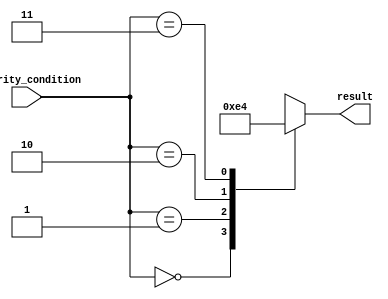
module priority_case_statement(
  input [1:0] priority_condition,
  output reg [1:0] result
);

always @(*)
begin
  case(priority_condition)
    2'b00: result = 2'b11; // Priority condition 1
    2'b01: result = 2'b10; // Priority condition 2
    2'b10: result = 2'b01; // Priority condition 3
    2'b11: result = 2'b00; // Priority condition 4
    default: result = 2'b00; // Default case
  endcase
end

endmodule